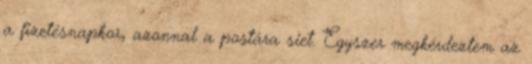
a fizetésnapkor, azonnal a postára siet. Egyszer megkérdeztem az